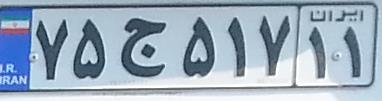
۷۵ج۵۱۷۱۱